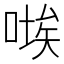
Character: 𭉚